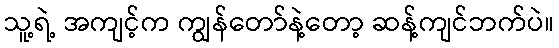
သူ့ရဲ့ အကျင့်က ကျွန်တော်နဲ့တော့ ဆန့်ကျင်ဘက်ပဲ။